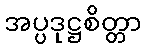
အပ္ပဒုဋ္ဌစိတ္တာ